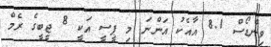
ވިންޑޯސް 8.1 އާއެކު އަންނަ މި ޕީސީ އަކީ 8 ޖީބީގެ ރެމް